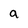
Character: a